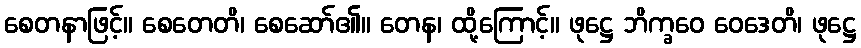
စေတနာဖြင့်။ စေတေတိ၊ စေဆော်၏။ တေန၊ ထို့ကြောင့်။ ဖုဋ္ဌေ ဘိက္ခဝေ ဝေဒေတိ၊ ဖုဋ္ဌေ